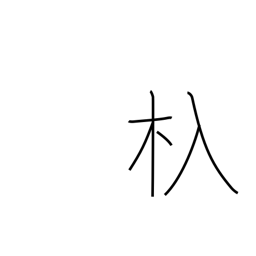
Meaning: sluice